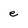
Character: e